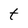
Character: t